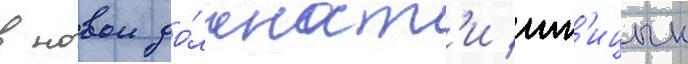
в новои до́лжност'и пт'ицын